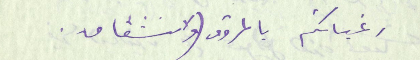
رغباتكم بالمروق (والانشقاق.